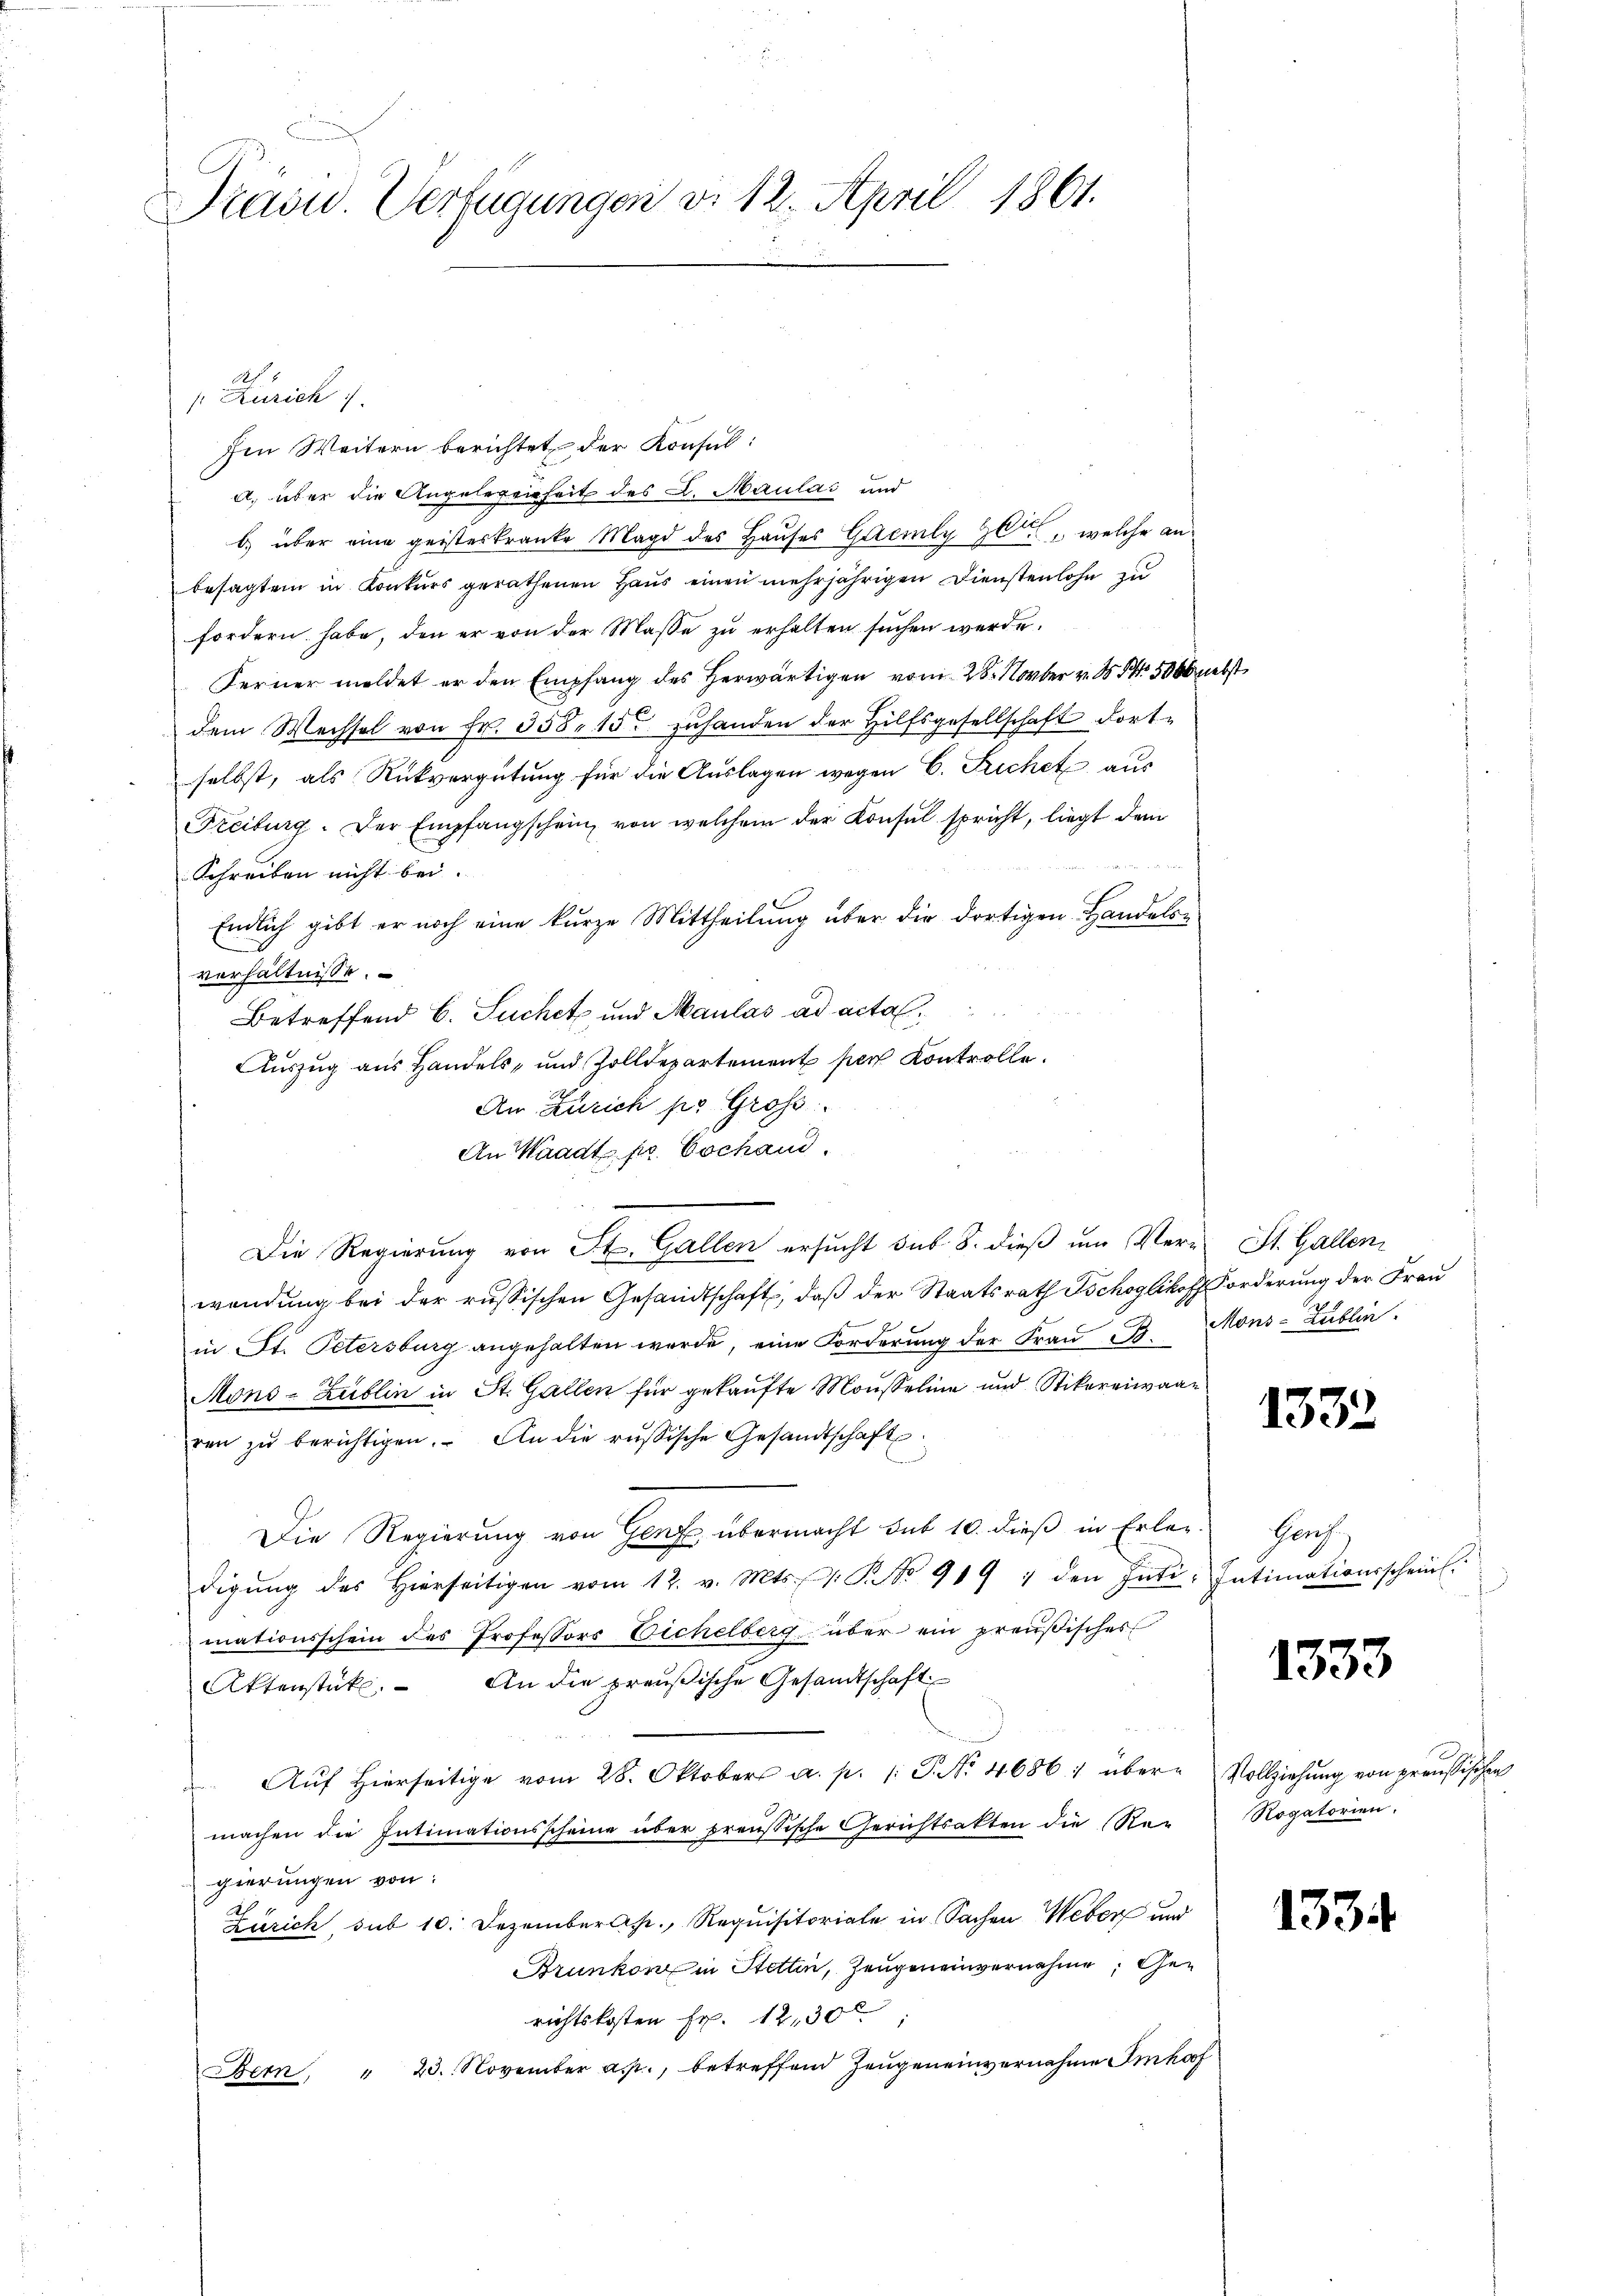
Train. Verfügungen d. 12. April 1861.

A 2
Rurich
fen Weitern berichtet der Konsul
a. über die Angelegenheit des L. Maulas und
b) über eine geisteskranke Magd des Hauses Gaemly l, welche an
besagten in Konkurs gerathenen Haus einen mehrjährigen Dienstenlohn zu
fordern habe, den er von der Maße zu erhalten suchen werde.
Ferner meldet er den Empfang des Herwärtigen vom 28. Novber v. N. N. 5000 nebst
dem Wechsel von Fr. 358. 155 zuhanden der Hilfsgesellschaft dortselbst, als Rückvergütung für die Auslagen wegen C. Sichet aus
Freiburg. Der Empfangschein, von welchem der Konsul spricht, liegt dem
Schreiben nicht bei.
Endlich gibt er noch eine kurze Mittheilung über die dortigen Handelsverhältnisse.
Betreffend C. Suchet und Maulas ad acta.
Auszug aus Handels- und Zolldepartement per Kontrolle.
An Zürich pr. Groß
An Waadt pr. Cochand.
Die Regierung von St. Gallen ersŭcht sub. 8. dieβ ŭm Ver- St. Gallen
wendung bei der russischen Gesandtschaft, daß der Staatsrath Schoglikofforderung der Frau
in St. Petersburg angehalten werde, eine Forderung der Frau B. Mons-Zublin
Mons-Zublin in St. Gallen für gekaufte Mousseline und Stikorenwaar
ren zŭ berichtigen. An die russische Gesandtschaft
Die Regierung von Genf übermacht sub 10. dieß in Erler Genf
digŭng des hierseitigen vom 12. v. Mts. v. R. No 919 1 den Inti- Intimationsschein.
mationsschein des Professors Eichelberg über ein preußisches
Aktenstüke. An die preußische Gesandtschaft
Aŭf hierseitige vom 28. Oktober a. p. 1. P. Nr. 46864 über Vollziehŭng von preußischen
machen die Intimationsscheine über preussische Gerichtsakten die Re- Rogatorien.
gierungen von:
Zürich, sub 10. Dezember., Requisitoriale in Sachen Weber und
Brunken in Stettin, Zeugeneinvernahme Gerichtskosten Fr. 12,30
Bern, " 23. November a. p., betreffend Zeugen einvernahme Imhof

1332

1333

1334